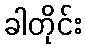
ခါတိုင်း